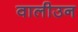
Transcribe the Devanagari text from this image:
वालीउन